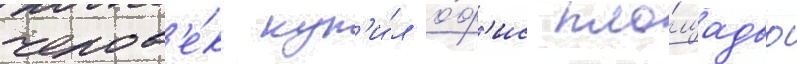
челов'е́к куп'и́л о́ф'ис пло́щадью